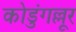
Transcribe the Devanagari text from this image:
कोडुंगल्लूर